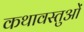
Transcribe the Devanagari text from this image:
कथावस्तुओं